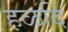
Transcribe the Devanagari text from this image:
हळदि